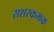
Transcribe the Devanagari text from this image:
सशरकमक